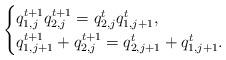
LaTeX: \begin{align*} \begin{cases} q_{1,j}^{t+1} q_{2,j}^{t+1} = q_{2,j}^t q_{1,j+1}^t, \\ q_{1,j+1}^{t+1} + q_{2,j}^{t+1} = q_{2,j+1}^t + q_{1,j+1}^t. \end{cases}\end{align*}